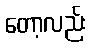
တော့လည်း